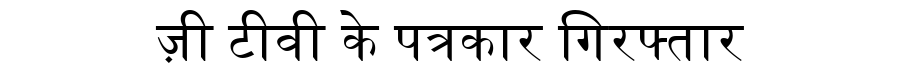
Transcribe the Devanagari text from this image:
ज़ी टीवी के पत्रकार गिरफ्तार